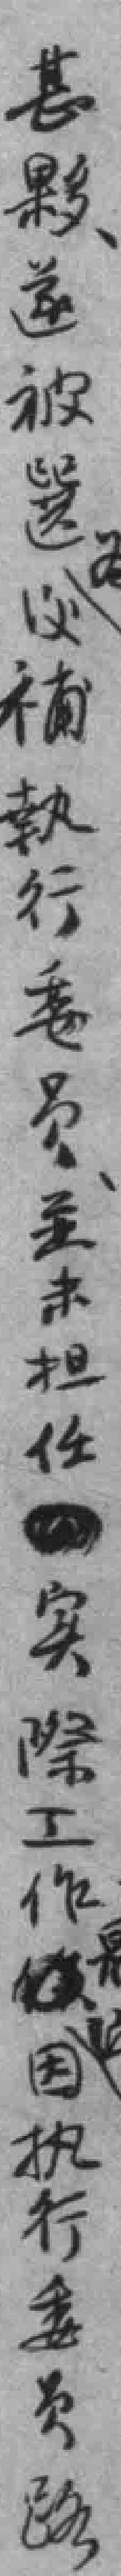
甚*遂被選後補執行委员至未担任实際工作因执行委员路